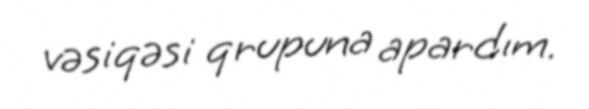
vəsiqəsi qrupuna apardım.